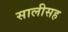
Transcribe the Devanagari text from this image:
सालीसह